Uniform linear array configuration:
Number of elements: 48
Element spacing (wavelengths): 0.5
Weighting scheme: cosine
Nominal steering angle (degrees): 45
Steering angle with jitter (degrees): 43.175
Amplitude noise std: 0.05
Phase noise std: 0.05

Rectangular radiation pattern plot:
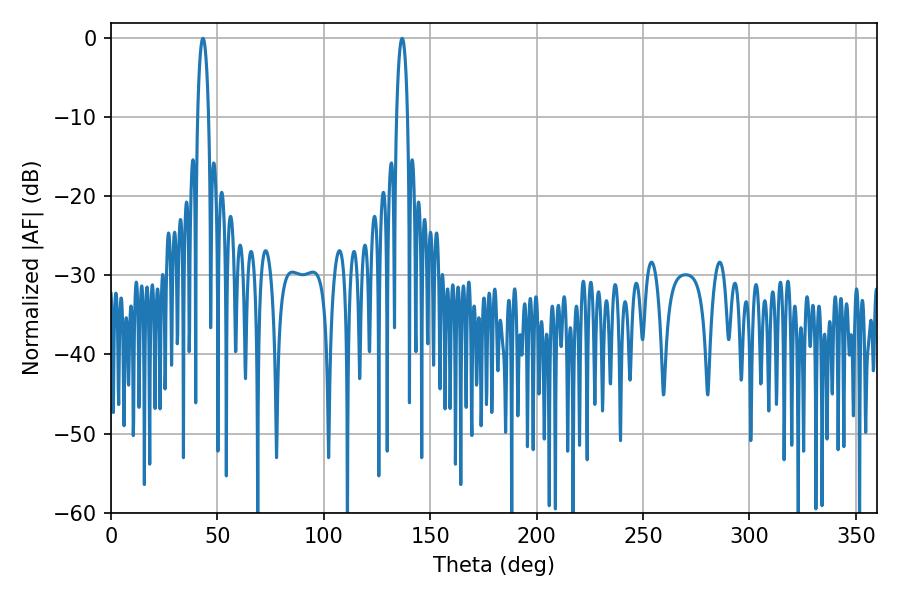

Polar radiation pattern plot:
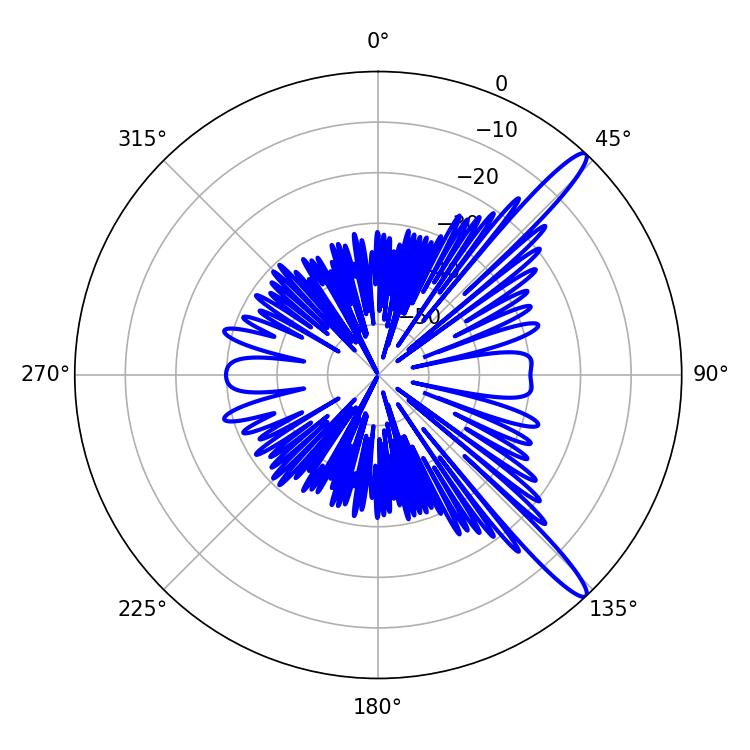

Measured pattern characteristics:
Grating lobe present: FALSE
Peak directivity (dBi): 14.058
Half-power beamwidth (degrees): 2.88
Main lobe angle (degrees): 43.2